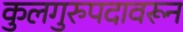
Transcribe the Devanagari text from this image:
कुलगुरुपदावरून